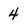
Character: 4